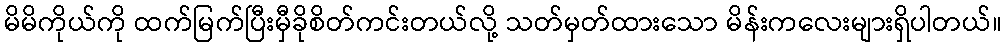
မိမိကိုယ်ကို ထက်မြက်ပြီးမှီခိုစိတ်ကင်းတယ်လို့ သတ်မှတ်ထားသော မိန်းကလေးများရှိပါတယ်။